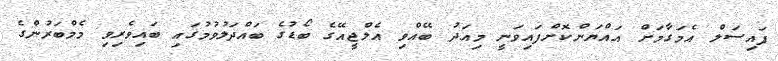
ފައިސަލް އެމަގާމަށް އައްޔަންކޮށްފައިވަނީ މިއަދު ބޭއްވި އެލްޖީއޭގެ ބޯޑުގެ ބައްދަލުވުމުގައި ބައިވެރިވި މެމްބަރުންގެ